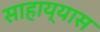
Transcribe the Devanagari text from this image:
साहाय्यास